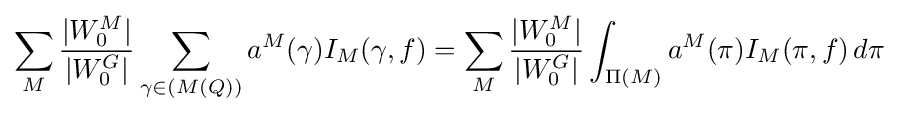
\sum _{M}{\frac {|W_{0}^{M}|}{|W_{0}^{G}|}}\sum _{\gamma \in (M(Q))}a^{M}(\gamma )I_{M}(\gamma ,f)=\sum _{M}{\frac {|W_{0}^{M}|}{|W_{0}^{G}|}}\int _{\Pi (M)}a^{M}(\pi )I_{M}(\pi ,f)\,d\pi